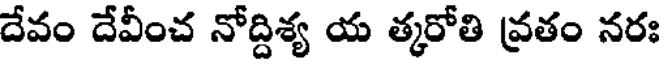
దేవం దేవీంచ నోద్దిశ్య య త్కరోతి వ్రతం నరః